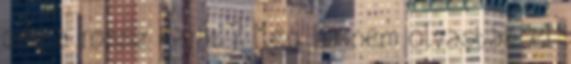
oda a rossz kaját? Meg ha nem olvasták el